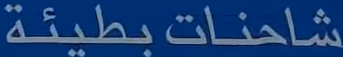
شاحنات-بطيئة